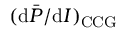
( \mathrm { d } \bar { P } / \mathrm { d } I ) _ { \mathrm { C C G } }